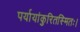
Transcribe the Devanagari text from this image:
पर्यायांकुरितस्मितः।